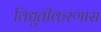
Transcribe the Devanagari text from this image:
विद्युतीकरणास